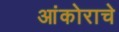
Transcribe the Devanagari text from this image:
आंकोराचे